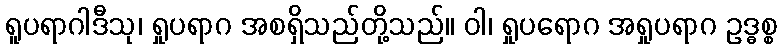
ရူပရာဂါဒီသု၊ ရှုပရာဂ အစရှိသည်တို့သည်။ ဝါ၊ ရှုပရောဂ အရှုပရာဂ ဥဒ္ဓစ္စ